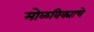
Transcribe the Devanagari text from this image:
मोळविक्याचे